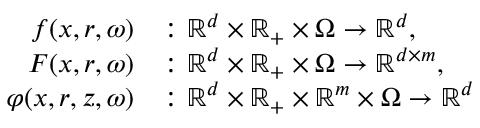
\begin{array} { r l } { f ( x , r , \omega ) } & { \colon \mathbb { R } ^ { d } \times \mathbb { R } _ { + } \times \Omega \to \mathbb { R } ^ { d } , } \\ { F ( x , r , \omega ) } & { \colon \mathbb { R } ^ { d } \times \mathbb { R } _ { + } \times \Omega \to \mathbb { R } ^ { d \times m } , } \\ { \varphi ( x , r , z , \omega ) } & { \colon \mathbb { R } ^ { d } \times \mathbb { R } _ { + } \times \mathbb { R } ^ { m } \times \Omega \to \mathbb { R } ^ { d } } \end{array}